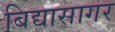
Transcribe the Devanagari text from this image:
बिद्यासागर